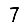
Digit: 7